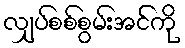
လျှပ်စစ်စွမ်းအင်ကို